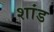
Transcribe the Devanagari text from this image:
शांड